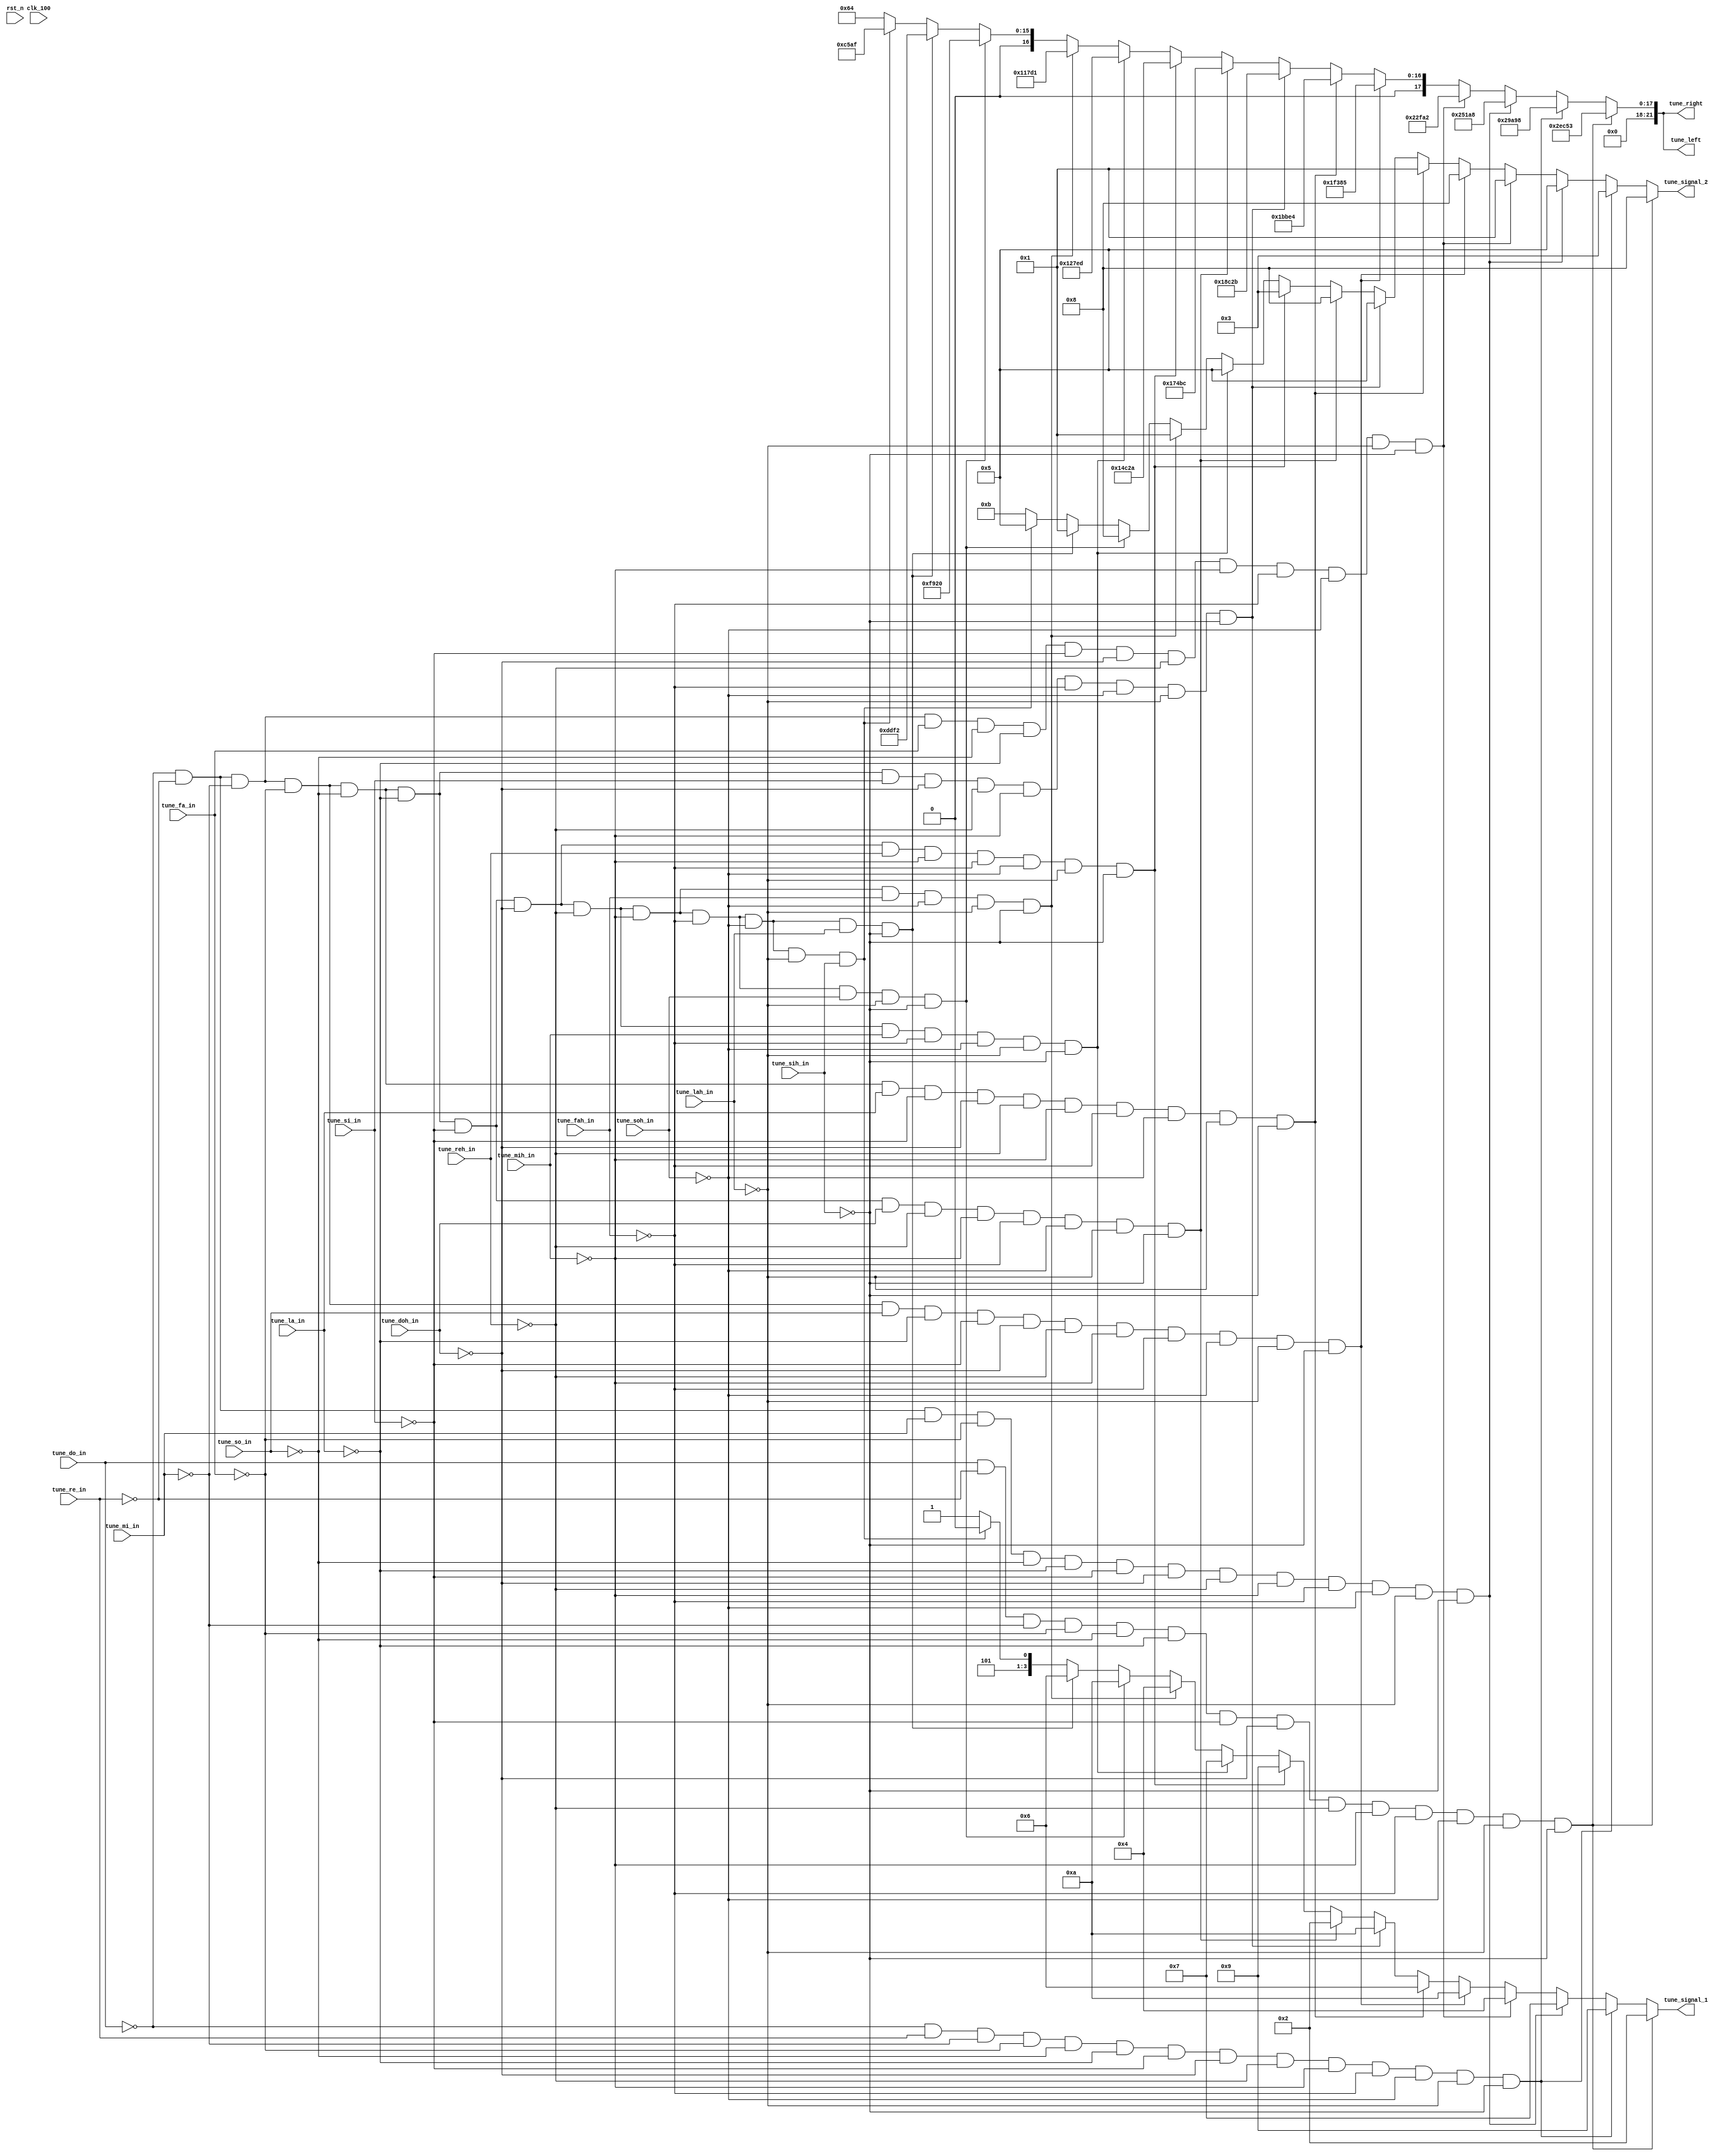
`define Lal 22'd227273
`define Sil 22'd204082
`define Do 22'd191571
`define Re 22'd170648
`define Mi 22'd151976
`define Fa 22'd143266
`define So 22'd127877
`define La 22'd113636
`define Si 22'd101419
`define Doh 22'd95420
`define Reh 22'd85034
`define Mih 22'd75757
`define Fah 22'd71633
`define Soh 22'd63776
`define Lah 22'd56818
`define Sih 22'd50607
//a  D  e  F  i  L  M  o  R  S  ''
//1  2  3  4  5  6  7  8  9  10 11
module tune_select(
    input clk_100,
    input rst_n,
    input tune_do_in,
    input tune_re_in,
    input tune_mi_in,
    input tune_fa_in,
    input tune_so_in,
    input tune_la_in,
    input tune_si_in,
    input tune_doh_in,
    input tune_reh_in,
    input tune_mih_in,
    input tune_fah_in,
    input tune_soh_in,
    input tune_lah_in,
    input tune_sih_in,
    output reg [21:0] tune_left,
    output reg [21:0] tune_right,
    output reg [3:0] tune_signal_1,
    output reg [3:0] tune_signal_2
);

always @* begin
    if (tune_do_in && ~tune_re_in && ~tune_mi_in && ~tune_fa_in && ~tune_so_in && ~tune_la_in && ~tune_si_in && ~tune_doh_in && ~tune_reh_in && ~tune_mih_in && ~tune_fah_in && ~tune_soh_in && ~tune_lah_in && ~tune_sih_in) begin
        tune_left = `Do;
        tune_right = `Do;
        tune_signal_1 = 4'd2;
        tune_signal_2 = 4'd8;
    end
    else if (~tune_do_in && tune_re_in && ~tune_mi_in && ~tune_fa_in && ~tune_so_in && ~tune_la_in && ~tune_si_in && ~tune_doh_in && ~tune_reh_in && ~tune_mih_in && ~tune_fah_in && ~tune_soh_in && ~tune_lah_in && ~tune_sih_in) begin
        tune_left = `Re;
        tune_right = `Re;
        tune_signal_1 = 4'd9;
        tune_signal_2 = 4'd3;
    end
    else if (~tune_do_in && ~tune_re_in && tune_mi_in && ~tune_fa_in && ~tune_so_in && ~tune_la_in && ~tune_si_in && ~tune_doh_in && ~tune_reh_in && ~tune_mih_in && ~tune_fah_in && ~tune_soh_in && ~tune_lah_in && ~tune_sih_in) begin
        tune_left = `Mi;
        tune_right = `Mi;
        tune_signal_1 = 4'd7;
        tune_signal_2 = 4'd5;
    end
    else if (~tune_do_in && ~tune_re_in && ~tune_mi_in && tune_fa_in && ~tune_so_in && ~tune_la_in && ~tune_si_in && ~tune_doh_in && ~tune_reh_in && ~tune_mih_in && ~tune_fah_in && ~tune_soh_in && ~tune_lah_in && ~tune_sih_in) begin
        tune_left = `Fa;
        tune_right = `Fa;
        tune_signal_1 = 4'd4;
        tune_signal_2 = 4'd1;
    end
    else if (~tune_do_in && ~tune_re_in && ~tune_mi_in && ~tune_fa_in && tune_so_in && ~tune_la_in && ~tune_si_in && ~tune_doh_in && ~tune_reh_in && ~tune_mih_in && ~tune_fah_in && ~tune_soh_in && ~tune_lah_in && ~tune_sih_in) begin
        tune_left = `So;
        tune_right = `So;
        tune_signal_1 = 4'd10;
        tune_signal_2 = 4'd8;
    end
    else if (~tune_do_in && ~tune_re_in && ~tune_mi_in && ~tune_fa_in && ~tune_so_in && tune_la_in && ~tune_si_in && ~tune_doh_in && ~tune_reh_in && ~tune_mih_in && ~tune_fah_in && ~tune_soh_in && ~tune_lah_in && ~tune_sih_in) begin
        tune_left = `La;
        tune_right = `La;
        tune_signal_1 = 4'd6;
        tune_signal_2 = 4'd1;
    end
    else if (~tune_do_in && ~tune_re_in && ~tune_mi_in && ~tune_fa_in && ~tune_so_in && ~tune_la_in && tune_si_in && ~tune_doh_in && ~tune_reh_in && ~tune_mih_in && ~tune_fah_in && ~tune_soh_in && ~tune_lah_in && ~tune_sih_in) begin
        tune_left = `Si;
        tune_right = `Si;
        tune_signal_1 = 4'd10;
        tune_signal_2 = 4'd5;
    end
    else if (~tune_do_in && ~tune_re_in && ~tune_mi_in && ~tune_fa_in && ~tune_so_in && ~tune_la_in && ~tune_si_in && tune_doh_in && ~tune_reh_in && ~tune_mih_in && ~tune_fah_in && ~tune_soh_in && ~tune_lah_in && ~tune_sih_in) begin
        tune_left = `Doh;
        tune_right = `Doh;
        tune_signal_1 = 4'd2;
        tune_signal_2 = 4'd8;
    end
    else if (~tune_do_in && ~tune_re_in && ~tune_mi_in && ~tune_fa_in && ~tune_so_in && ~tune_la_in && ~tune_si_in && ~tune_doh_in && tune_reh_in && ~tune_mih_in && ~tune_fah_in && ~tune_soh_in && ~tune_lah_in && ~tune_sih_in) begin
        tune_left = `Reh;
        tune_right = `Reh;
        tune_signal_1 = 4'd9;
        tune_signal_2 = 4'd3;
    end
    else if (~tune_do_in && ~tune_re_in && ~tune_mi_in && ~tune_fa_in && ~tune_so_in && ~tune_la_in && ~tune_si_in && ~tune_doh_in && ~tune_reh_in && tune_mih_in && ~tune_fah_in && ~tune_soh_in && ~tune_lah_in && ~tune_sih_in) begin
        tune_left = `Mih;
        tune_right = `Mih;
        tune_signal_1 = 4'd7;
        tune_signal_2 = 4'd5;
    end
    else if (~tune_do_in && ~tune_re_in && ~tune_mi_in && ~tune_fa_in && ~tune_so_in && ~tune_la_in && ~tune_si_in && ~tune_doh_in && ~tune_reh_in && ~tune_mih_in && tune_fah_in && ~tune_soh_in && ~tune_lah_in && ~tune_sih_in) begin
        tune_left = `Fah;
        tune_right = `Fah;
        tune_signal_1 = 4'd4;
        tune_signal_2 = 4'd1;
    end
    else if (~tune_do_in && ~tune_re_in && ~tune_mi_in && ~tune_fa_in && ~tune_so_in && ~tune_la_in && ~tune_si_in && ~tune_doh_in && ~tune_reh_in && ~tune_mih_in && ~tune_fah_in && tune_soh_in && ~tune_lah_in && ~tune_sih_in) begin
        tune_left = `Soh;
        tune_right = `Soh;
        tune_signal_1 = 4'd10;
        tune_signal_2 = 4'd8;
    end
    else if (~tune_do_in && ~tune_re_in && ~tune_mi_in && ~tune_fa_in && ~tune_so_in && ~tune_la_in && ~tune_si_in && ~tune_doh_in && ~tune_reh_in && ~tune_mih_in && ~tune_fah_in && ~tune_soh_in && tune_lah_in && ~tune_sih_in) begin
        tune_left = `Lah;
        tune_right = `Lah;
        tune_signal_1 = 4'd6;
        tune_signal_2 = 4'd1;
    end
    else if (~tune_do_in && ~tune_re_in && ~tune_mi_in && ~tune_fa_in && ~tune_so_in && ~tune_la_in && ~tune_si_in && ~tune_doh_in && ~tune_reh_in && ~tune_mih_in && ~tune_fah_in && ~tune_soh_in && ~tune_lah_in && tune_sih_in) begin
        tune_left = `Sih;
        tune_right = `Sih;
        tune_signal_1 = 4'd10;
        tune_signal_2 = 4'd5;
    end
    else begin
        tune_left = 22'd100;
        tune_right = 22'd100;
        tune_signal_1 = 4'd11;
        tune_signal_2 = 4'd11;
    end
end

endmodule